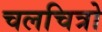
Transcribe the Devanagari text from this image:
चलचित्रो